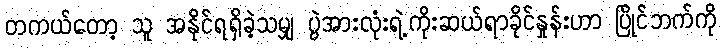
တကယ်တော့ သူ အနိုင်ရရှိခဲ့သမျှ ပွဲအားလုံးရဲ့ကိုးဆယ်ရာခိုင်နှုန်းဟာ ပြိုင်ဘက်ကို